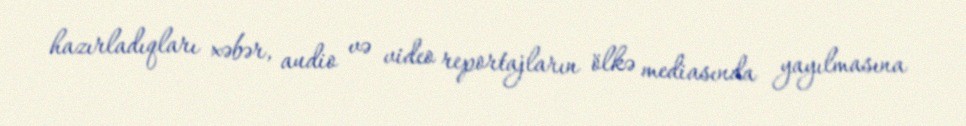
hazırladıqları xəbər, audio və video reportajların ölkə mediasında yayılmasına